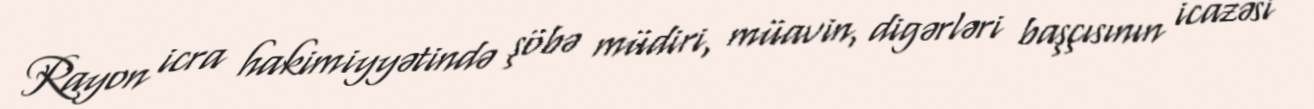
Rayon icra hakimiyyətində şöbə müdiri, müavin, digərləri başçısının icazəsi